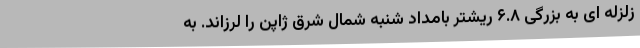
زلزله ای به بزرگی ۶.۸ ریشتر بامداد شنبه شمال شرق ژاپن را لرزاند. به